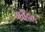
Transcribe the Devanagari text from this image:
एवेंडेल